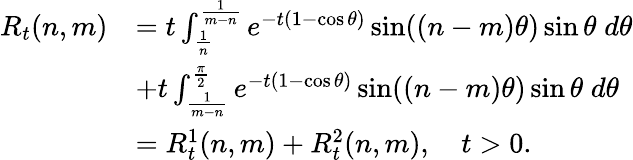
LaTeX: \begin{array}{rl}{R_{t}(n,m)}&{=t\int_{\frac{1}{n}}^{\frac{1}{m-n}}e^{-t(1-\cos\theta)}\sin((n-m)\theta)\sin\theta\; d\theta}\\ &{+t\int_{\frac{1}{m-n}}^{\frac{\pi}{2}}e^{-t(1-\cos\theta)}\sin((n-m)\theta)\sin\theta\; d\theta}\\ &{=R_{t}^{1}(n,m)+R_{t}^{2}(n,m),\quad t>0.}\end{array}